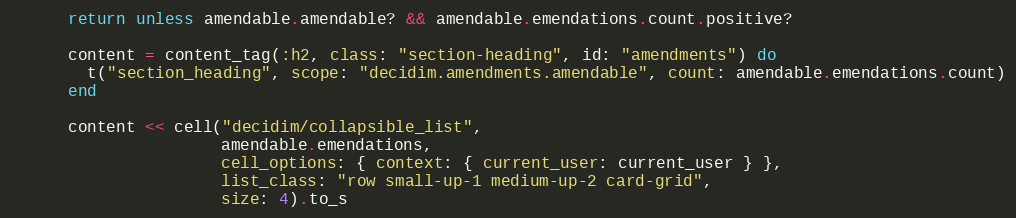
Language: Ruby
      return unless amendable.amendable? && amendable.emendations.count.positive?

      content = content_tag(:h2, class: "section-heading", id: "amendments") do
        t("section_heading", scope: "decidim.amendments.amendable", count: amendable.emendations.count)
      end

      content << cell("decidim/collapsible_list",
                      amendable.emendations,
                      cell_options: { context: { current_user: current_user } },
                      list_class: "row small-up-1 medium-up-2 card-grid",
                      size: 4).to_s